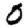
Digit: 0